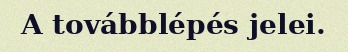
A továbblépés jelei.